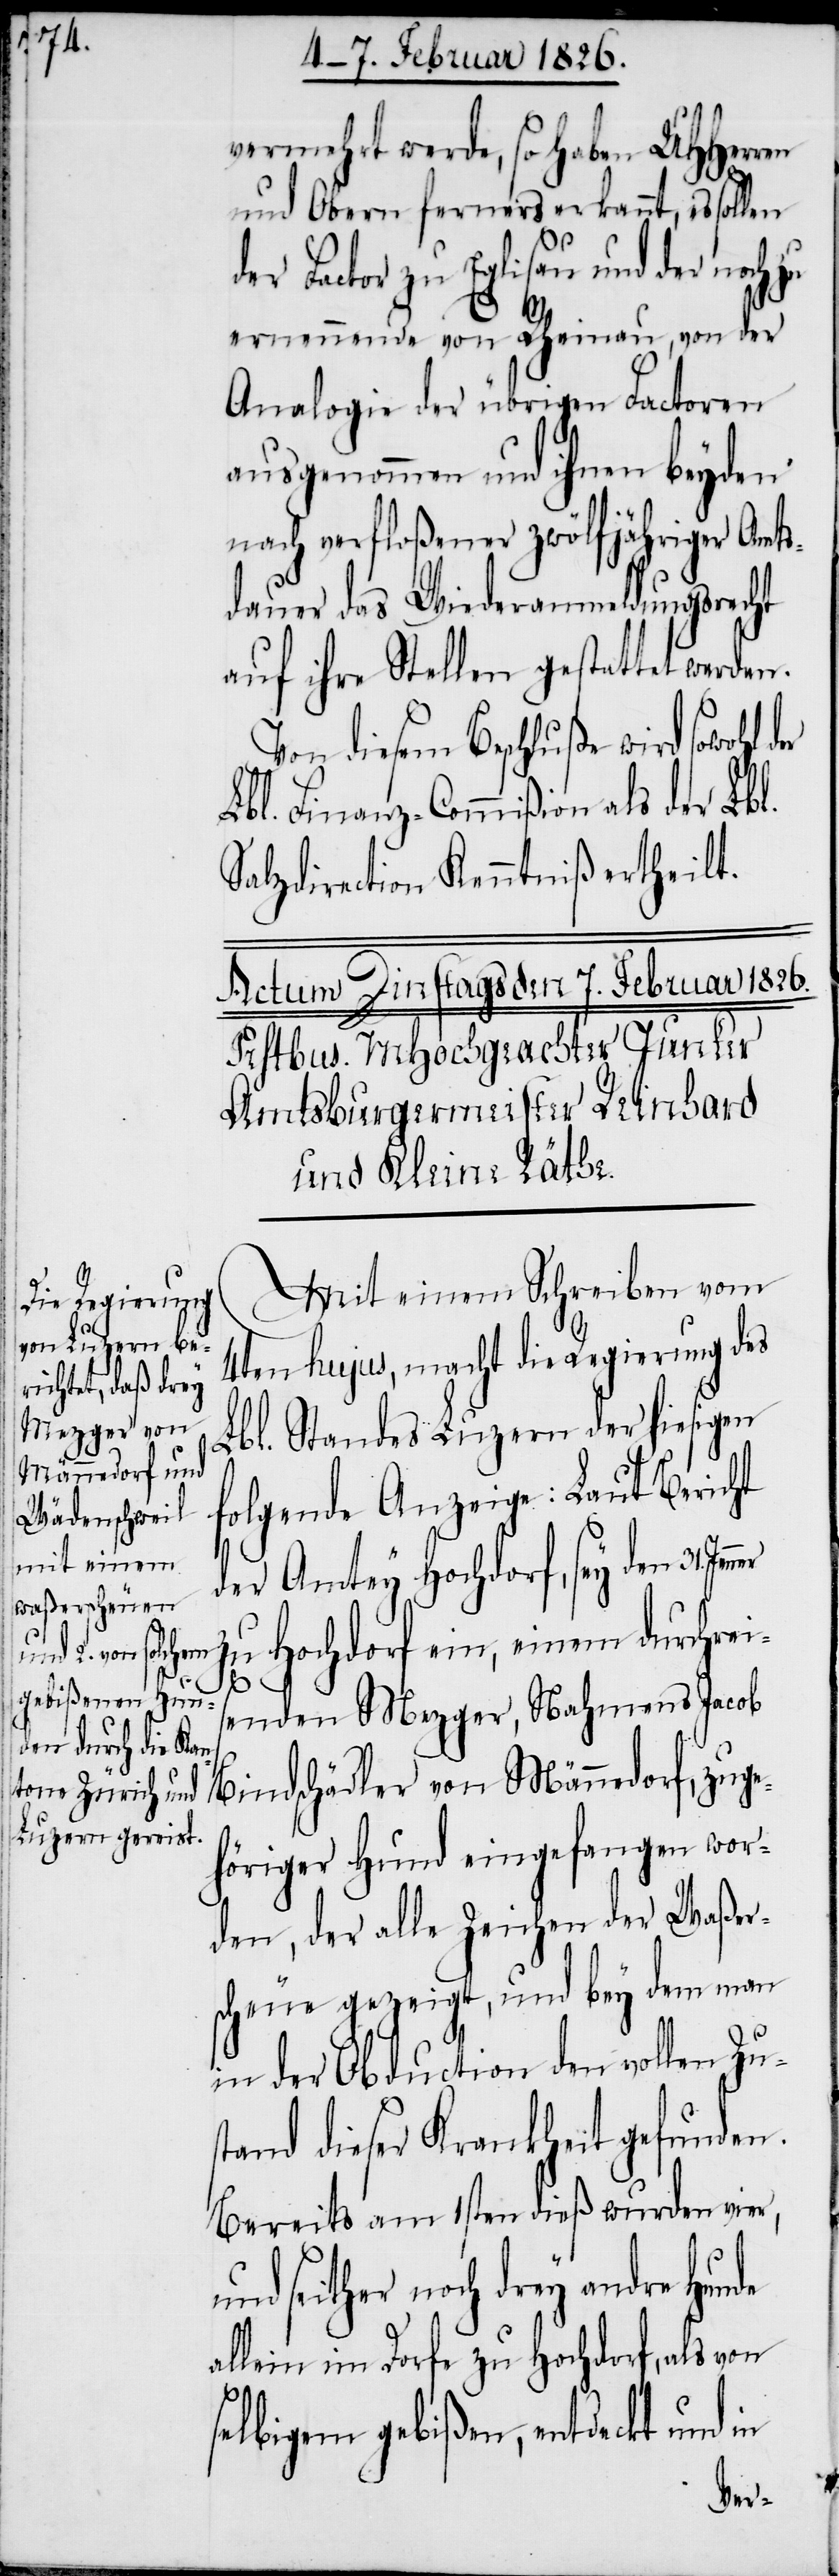
vermehrt werde, so haben UHHerren
und Obern ferners erkannt, es sollen
der Factor zu Eglisau und der noch
ernennende von Rheinau, von der
Analogie der übrigen Factoren
ausgenommen und ihnen beyden
nach verfloßener zwölfjähriger Amts¬
dauer das Wiederanmeldungsrecht
auf ihrer Stelle gestattet werden.
Von diesem Beschluße werden der
Lbl. Finanz-Commißion als der Lbl.
Salzdirection Kenntniß ertheilt.
Mit einem Schreiben vom
4ten hujus, macht die Regierung des
Lbl. Standes Luzern der hiesigen
folgende Anzeige: Laut Bericht
der Amtey Hochdorf, sey den 31.
zu Hochdorf ein, einem durchreis¬
de
enden Mezger, Nahmens Jacob
Bindschädler von Männedorf, zug¬
ehöriger Hund eingefangen wor¬
den, der alle Zeichen der Waßer¬
scheue gezeigt, und bey dem man
in der Obduction den vollen Zus¬
tand dieser Krankheit gefunden.
Bereits am 1sten dieß wurden vier,
nd seither noch drey andre Hun¬
allein im Dorfe zu Hochdorf, als von
selbigem gebißen, entdeckt und in